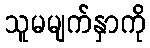
သူမမျက်နှာကို